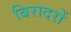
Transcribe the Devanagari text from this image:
बिरादरों